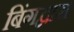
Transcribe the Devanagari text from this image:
बिंगद्वारा